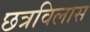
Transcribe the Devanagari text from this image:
छत्रविलास